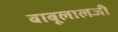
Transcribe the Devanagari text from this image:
बाबूलालजी